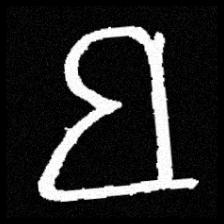
Pyu character \u2014 Myanmar letter: ဗ (romanized: ba)